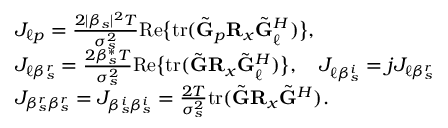
\begin{array} { r l } & { J _ { \ell p } = \frac { 2 | \beta _ { s } | ^ { 2 } T } { \sigma _ { s } ^ { 2 } } \mathrm { R e } \big \{ \mathrm { t r } ( \tilde { \mathbf { G } } _ { p } \mathbf { R } _ { x } \tilde { \mathbf { G } } _ { \ell } ^ { H } ) \big \} , } \\ & { J _ { \ell \beta _ { s } ^ { r } } = \frac { 2 \beta _ { s } ^ { * } T } { \sigma _ { s } ^ { 2 } } \mathrm { R e } \big \{ \mathrm { t r } ( \tilde { \mathbf { G } } \mathbf { R } _ { x } \tilde { \mathbf { G } } _ { \ell } ^ { H } ) \big \} , \quad J _ { \ell \beta _ { s } ^ { i } } = j J _ { \ell \beta _ { s } ^ { r } } } \\ & { J _ { \beta _ { s } ^ { r } \beta _ { s } ^ { r } } = J _ { \beta _ { s } ^ { i } \beta _ { s } ^ { i } } = \frac { 2 T } { \sigma _ { s } ^ { 2 } } \mathrm { t r } ( \tilde { \mathbf { G } } \mathbf { R } _ { x } \tilde { \mathbf { G } } ^ { H } ) . } \end{array}